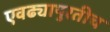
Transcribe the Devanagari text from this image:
एवढ्यापुरतीच